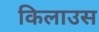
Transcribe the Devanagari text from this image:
किलाउस